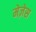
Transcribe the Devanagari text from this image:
मेज़ेस